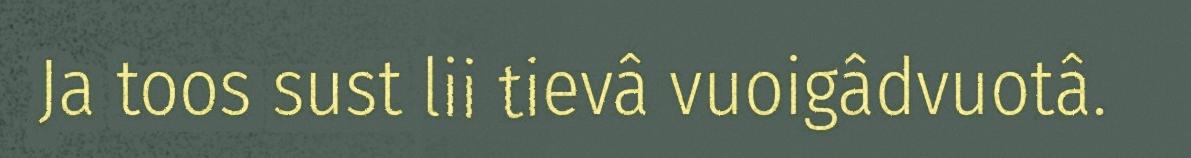
Ja toos sust lii tievâ vuoigâdvuotâ.